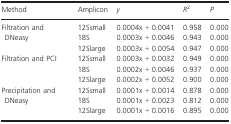
| Method | Amplicon | y | R2 | P |
 | --- | --- | --- | --- | --- |
 | <ROWSPAN=3> Filtration and DNeasy | 12Ssmall | 0.0004x + 0.0041 | 0.958 | 0.000 |
 | 18S | 0.0003x + 0.0046 | 0.943 | 0.000 |
 | 12Slarge | 0.0003x + 0.0054 | 0.947 | 0.000 |
 | <ROWSPAN=3> Filtration and PCI | 12Ssmall | 0.0003x + 0.0032 | 0.949 | 0.000 |
 | 18S | 0.0002x + 0.0046 | 0.937 | 0.000 |
 | 12Slarge | 0.0002x + 0.0052 | 0.900 | 0.000 |
 | <ROWSPAN=3> Precipitation and DNeasy | 12Ssmall | 0.0001x + 0.0014 | 0.878 | 0.000 |
 | 18S | 0.0001x + 0.0023 | 0.812 | 0.000 |
 | 12Slarge | 0.0001x + 0.0016 | 0.895 | 0.000 |